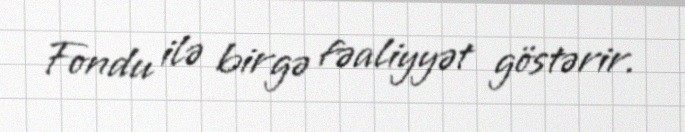
Fondu ilə birgə fəaliyyət göstərir.